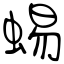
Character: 蜴